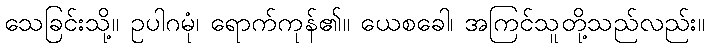
သေခြင်းသို့။ ဥပါဂမုံ၊ ရောက်ကုန်၏။ ယေစခေါ၊ အကြင်သူတို့သည်လည်း။